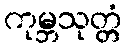
ကုမ္ဘသုတ္တံ